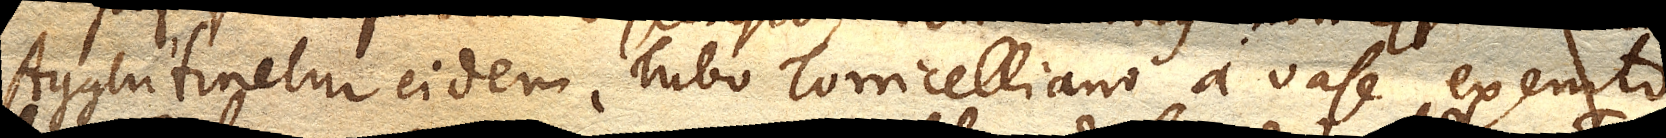
Agglutinetur eidem Tubo Torricelliano a vase exemto